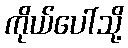
ကိုယ်ပေါ်သို့